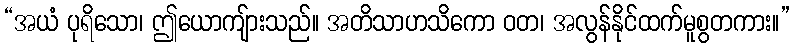
“အယံ ပုရိသော၊ ဤယောကျ်ားသည်။ အတိသာဟသိကော ဝတ၊ အလွန်နိုင်ထက်မူစွတကား။”